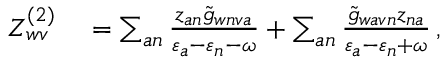
\begin{array} { r l } { Z _ { w v } ^ { ( 2 ) } } & { { } = \sum _ { a n } \frac { z _ { a n } \tilde { g } _ { w n v a } } { \varepsilon _ { a } - \varepsilon _ { n } - \omega } + \sum _ { a n } \frac { \tilde { g } _ { w a v n } z _ { n a } } { \varepsilon _ { a } - \varepsilon _ { n } + \omega } \, , } \end{array}